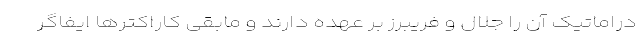
دراماتیک آن را جلال و فریبرز بر عهده دارند و مابقی کاراکترها ایفاگر